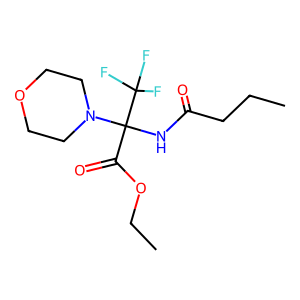
SMILES: CCCC(=O)NC(C(=O)OCC)(N1CCOCC1)C(F)(F)F
Inhibits HIV replication: No